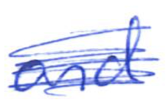
Text: and
Cross-out: scratch
Writing tool: ballpoint